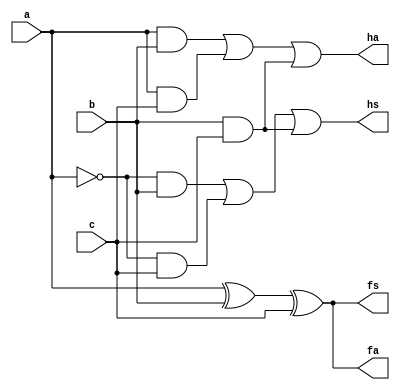
module addsub(
input a,b,c,
output fa,ha,fs,hs);

assign fa=(a^b)^c;
assign ha=(a & b)|(a & c)|(b & c);
assign fs=(a^b)^c;
assign hs=(~(a) & b)|(~(a) & c)|(b & c);

endmodule